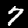
Label: 7